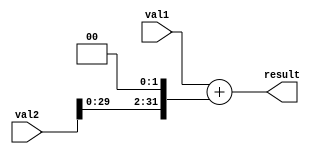
module Adder(
    input [31:0] val1,
    input [31:0] val2,

    output [31:0] result
);
    assign result = val1 + (val2 << 2);
endmodule